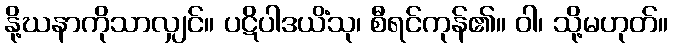
နို့ဃနာကိုသာလျှင်။ ပဋိပါဒယိံသု၊ စီရင်ကုန်၏။ ဝါ၊ သို့မဟုတ်။